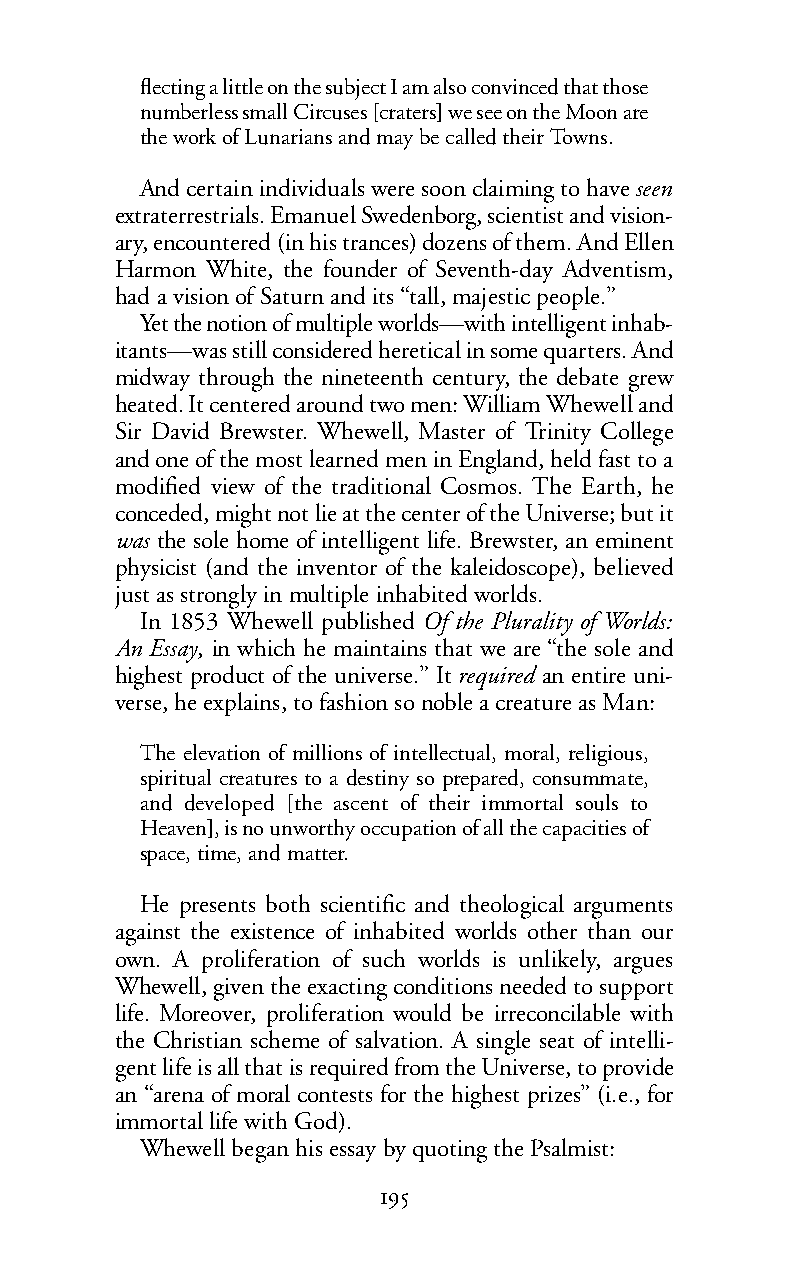
flecting a little on the subject I am also convinced that those
 numberless small Circuses [craters] we see on the Moon are
 the work of Lunarians and may be called their Towns.
 And certain individuals were soon claiming to haveseen
 extraterrestrials. Emanuel Swedenborg, scientist and vision-
 ary, encountered (in his trances) dozens of them. And Ellen
 Harmon White, the founder of Seventh-day Adventism,
 had a vision of Saturn and its “tall, majestic people.”
 Yet the notion of multiple worlds—with intelligent inhab-
 itants—was still considered heretical in some quarters. And
 midway through the nineteenth century, the debate grew
 heated. It centered around two men: William Whewell and
 Sir David Brewster. Whewell, Master of Trinity College
 and one of the most learned men in England, held fast to a
 modified view of the traditional Cosmos. The Earth, he
 conceded, might not lie at the center of the Universe; but it
 was the sole home of intelligent life. Brewster, an eminent
 physicist (and the inventor of the kaleidoscope), believed
 just as strongly in multiple inhabited worlds.
 In 1853 Whewell published Of the Plurality of Worlds:
 An Essay, in which he maintains that we are “the sole and
 highest product of the universe.” Itrequired an entire uni-
 verse, he explains, to fashion so noble a creature as Man:
 The elevation of millions of intellectual, moral, religious,
 spiritual creatures to a destiny so prepared, consummate,
 and developed [the ascent of their immortal souls to
 Heaven], is no unworthy occupation of all the capacities of
 space, time, and matter.
 He presents both scientific and theological arguments
 against the existence of inhabited worlds other than our
 own. A proliferation of such worlds is unlikely, argues
 Whewell, given the exacting conditions needed to support
 life. Moreover, proliferation would be irreconcilable with
 the Christian scheme of salvation. A single seat of intelli-
 gent life is all that is required from the Universe, to provide
 an “arena of moral contests for the highest prizes” (i.e., for
 immortal life with God).
 Whewell began his essay by quoting the Psalmist:
 